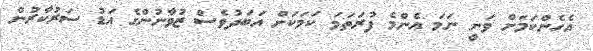
އެހެންކަމަށް ވަނީ ނަމަ އެންމެ ފުރަތަމަ ކަމަކަށް އަބަދުވެސް ޒުވާނުންގެ އަޑު ސަރުކާރުން